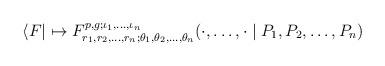
LaTeX: \begin{align*}\langle F|\mapsto F^{p,g;\iota_1,\dots,\iota_n}_{r_1,r_2,\dots,r_n; \theta_1,\theta_2,\dots,\theta_n} (\cdot,\dots,\cdot\mid P_1,P_2,\dots,P_n)\end{align*}